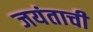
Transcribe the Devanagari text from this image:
जयंताची